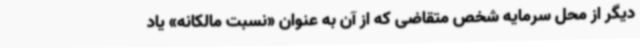
دیگر از محل سرمایه شخص متقاضی که از آن به‌ عنوان «نسبت مالکانه» یاد